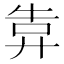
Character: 𢍎